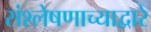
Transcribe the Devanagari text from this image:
संश्लेषणाच्याद्वारे